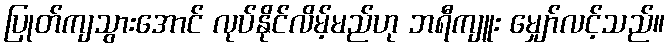
ပြုတ်ကျသွားအောင် လုပ်နိုင်လိမ့်မည်ဟု ဘရီကျူး မျှော်လင့်သည်။